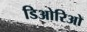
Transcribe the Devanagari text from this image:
डिओरिओ